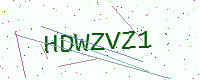
Text: HDWZVZ1